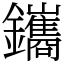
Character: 鑴